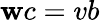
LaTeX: \mathbf{w}c=vb